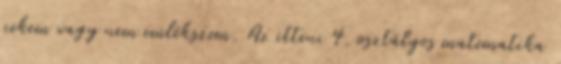
nekem vagy nem emlékszem. Az itteni 4. osztályos matematika